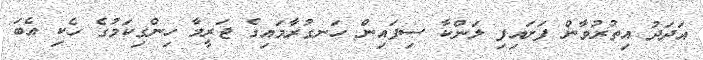
އަދަދު އިތުރުވާން ފަށައިފި ލަންކާ ސިފައިން ހަނގުރާމައިގެ ޖަރީމާ ހިންގިކަމުގެ ހެކި އެބަ